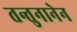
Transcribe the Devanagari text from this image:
तन्तुनानेन